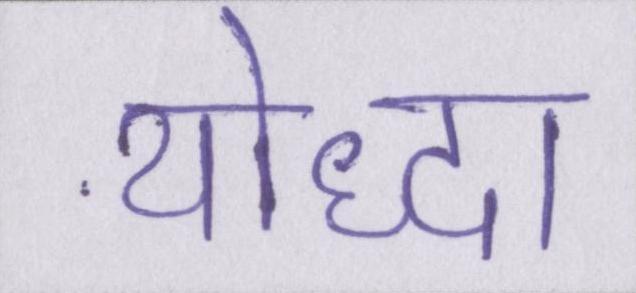
योद्धा